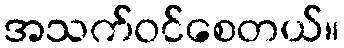
အသက်ဝင်စေတယ်။